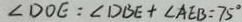
\angle D O E = \angle D B E + \angle A E B = 7 5 ^ { \circ }